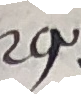
29